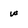
Character: w